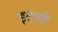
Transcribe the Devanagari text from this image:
इतामी